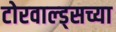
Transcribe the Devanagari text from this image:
टोरवाल्ड्सच्या